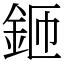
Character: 鉔